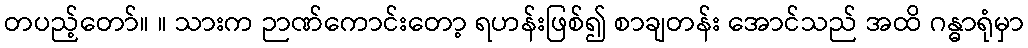
တပည့်တော်။ ။ သားက ဉာဏ်ကောင်းတော့ ရဟန်းဖြစ်၍ စာချတန်း အောင်သည် အထိ ဂန္ဓာရုံမှာ